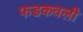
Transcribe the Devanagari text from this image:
फडकवली